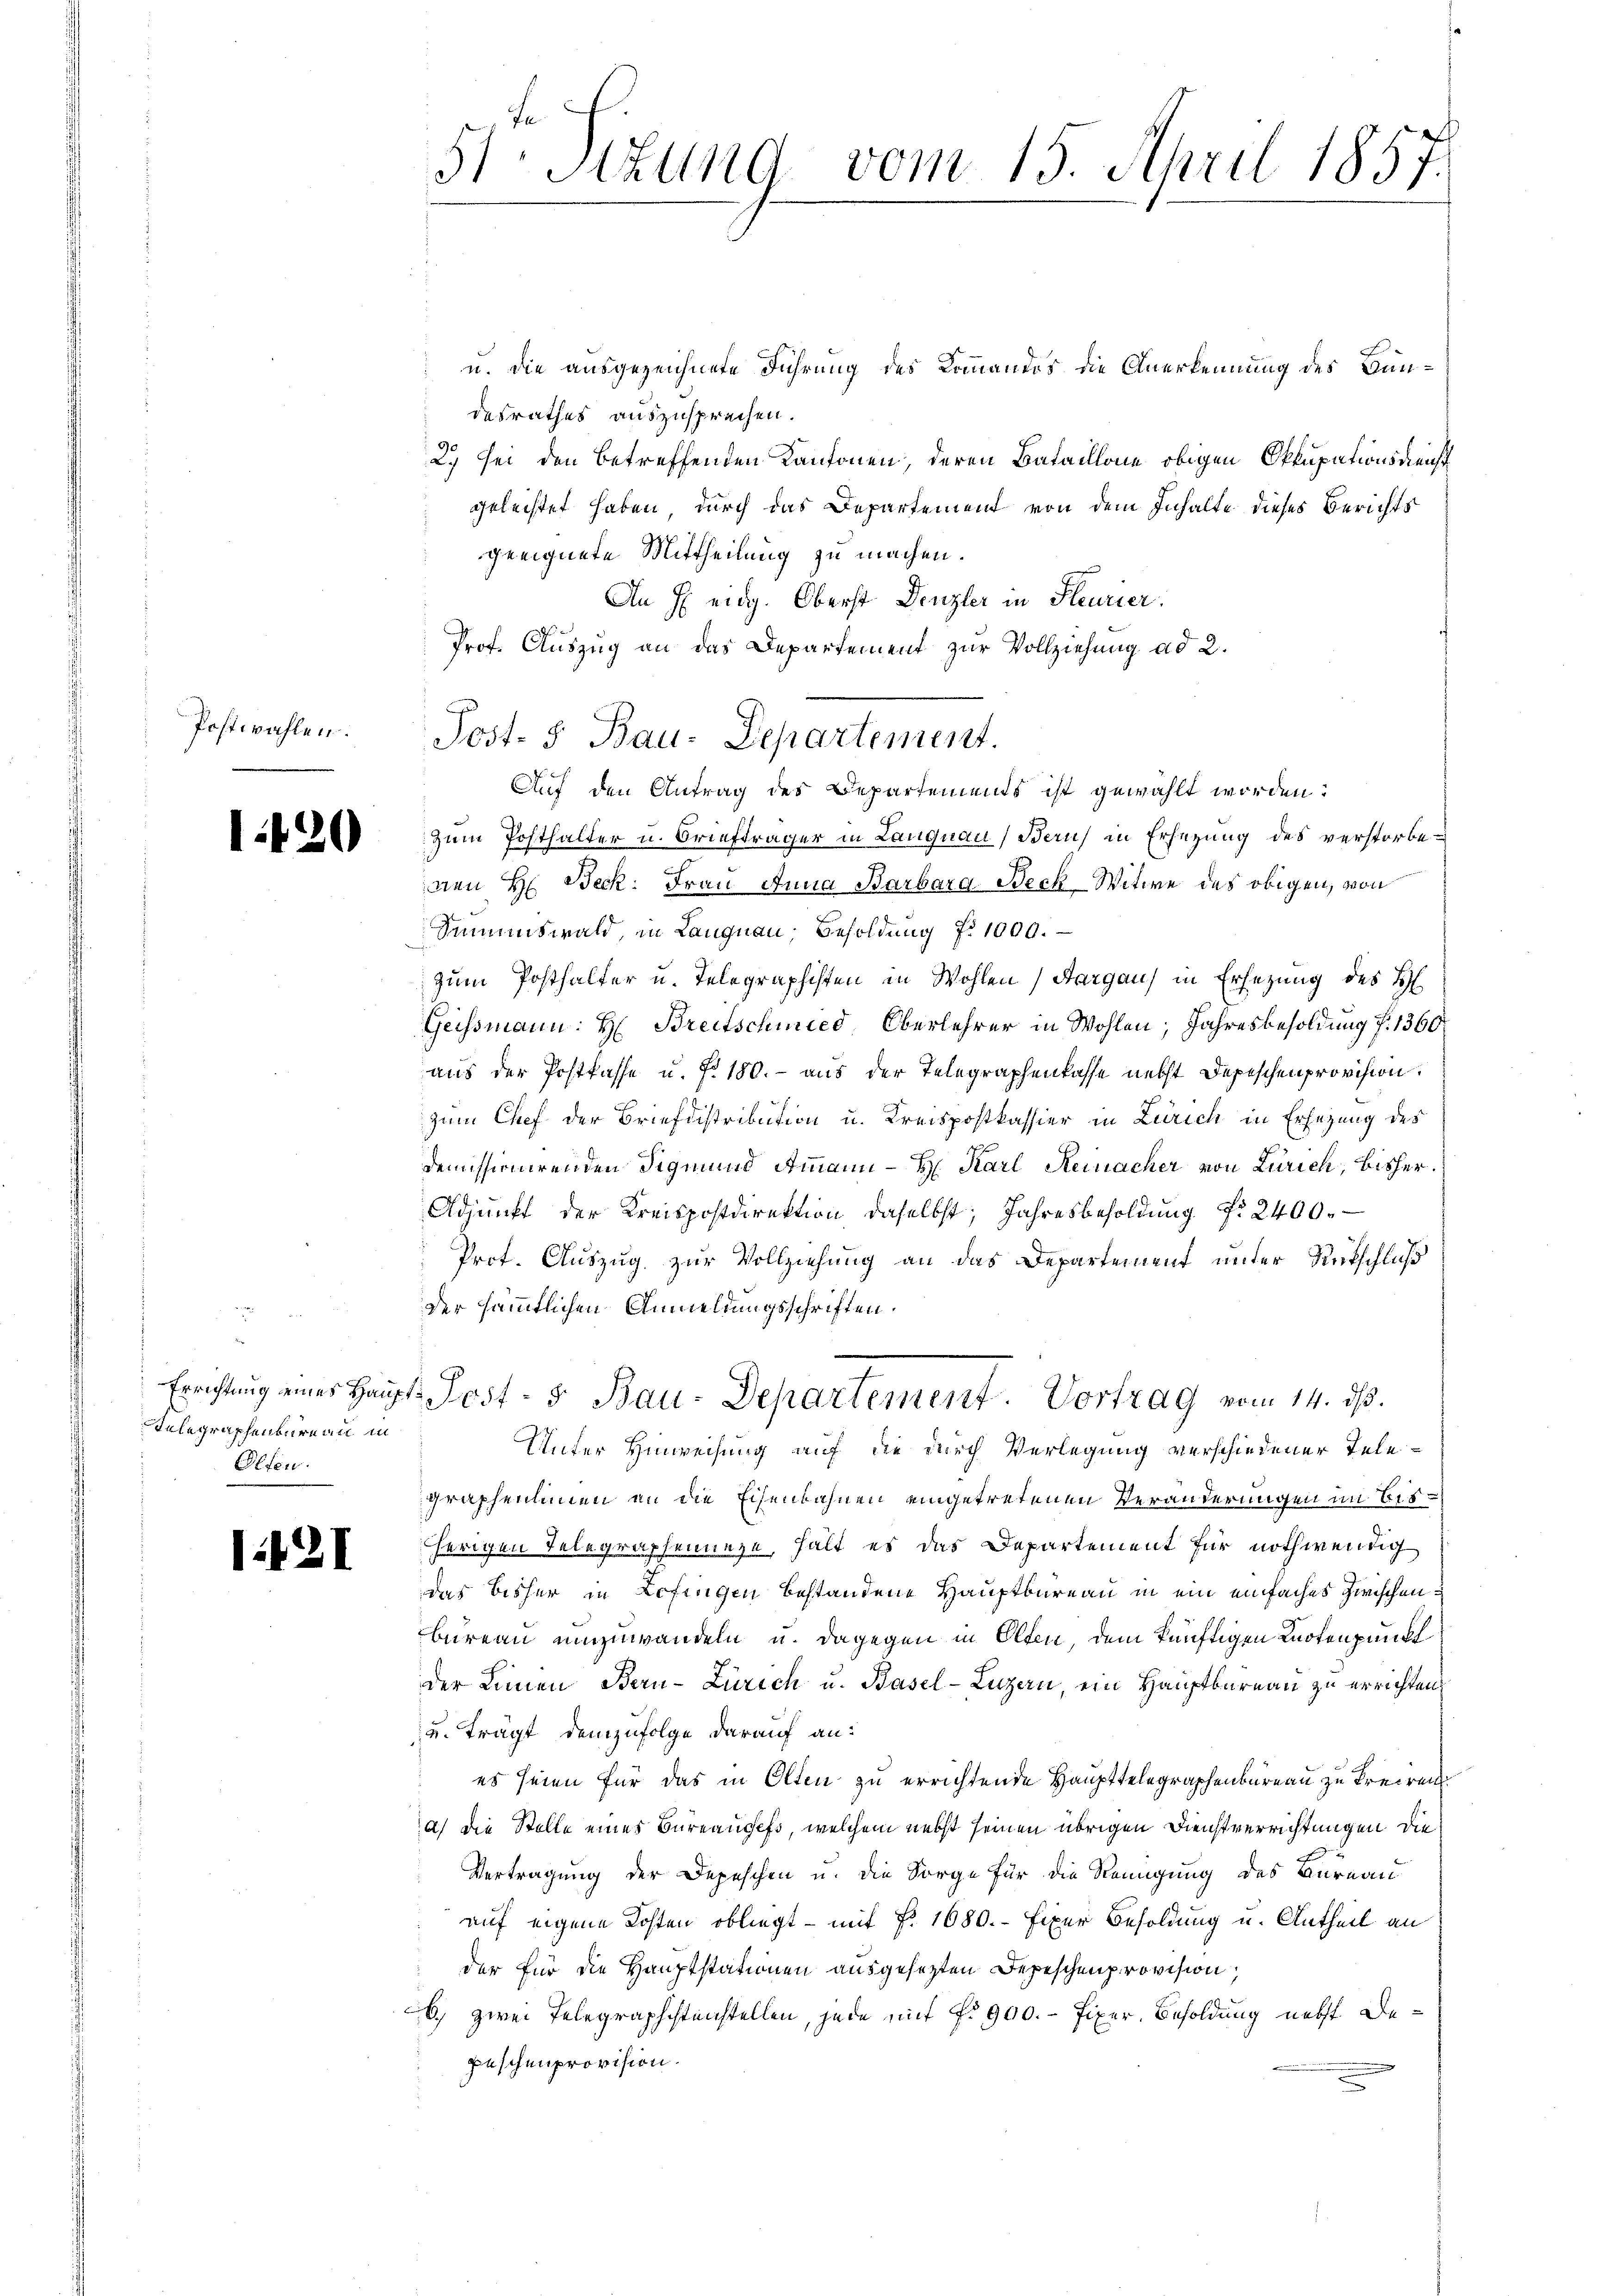
Postwahlen.

1420

Telegraphenbureau in
Olfen.

1421

u. die ausgezeichnete Führung des Kommandos die Anerkennung des Bundesrathes auszusprechen.
2.) Sei den betreffenden Kantonen, deren Bataillone obigen Okkupationsdienst
geleistet haben, durch das Departement von dem Inhalte dieses Berichts
geeignete Mittheilung zu machen.
An H. eidg. Oberst Denzler in Steurier
Prof. Auszug an das Departement zur Vollziehung ad 2.
Auf den Antrag des Departements ist gewählt worden:
Zum Posthalter u. Briefträger in Langnau, Bern) in Ersezung des verstorbenen H. Beck: Frau Anna Barbara Beck-Witwe des obigen, von
Summiswald, in Langnau, Besoldung f. 1000.
zum Posthalter u. Telegraphisten in Wohlen, Aargau) in Ersezung des H
Geissmann: H: Breitschmied, Oberlehrer in Wohlen; Jahresbesoldung f. 1360
aus der Postkasse u. f. 180. - aus der Telegraphenkasse nebst Depeschenprovision.
zum Chef der Briefdistribution u. Kreispostkassier in Zürich in Ersezung des
demissionirenden Sigmund Ammann - Hr. Karl Steinacher von Zürich, bisher¬
Adunft der Kreispostdirektion daselbst, Jahresbesoldung Nr. 2400.
Prot. Auszug zur Vollziehung an das Departement unter Rutschluß
der sämmtlichen Anmeldungsschriften.
Errichtung einer Haupt- Post- & Bau-Departement. Vortrag vom 14. d.
Unter Hinweisung auf die durch Verlegung verschiedener Telegraphenhinen an die Eisenbahnen eingetretenen Veränderungen im bisherigen Telegraphennige, hält es das Departement für nothwendig
das bisher in Zofingen bestandene Hauptbureau in ein einfaches zwischen
bureau umzuwandeln u. dagegen in Olten, dem künftigen Knotenpunkt
der Linien Bern-Zürich u. Basel-Luzern, ein Hauptbureau zu errichten
und trägt demzufolge darauf an:
es seien für das in Olten zu errichtende Haupttelegraphenbureau zu Kreiren
a) die Stelle eines Bureauges, welchem nebst seinen übrigen Dienstverrichtungen die
Vertragung der Depeschen u. die Sorge für die Reinigung des Bureau
auf eigene Kosten obliegt - mit F. 1680.- Fixer Besoldung u. Antheil an
der für die Hauptstationen ausgesetzten Depeschenprovision,
6) zwei Telegraphistenstellen, jede mit No 900.- Fixer Besoldung nebst Bepeschenprovision.

3: Stzung
vom 15. April 1857.

Post- 5. Bau-Departement.